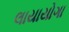
લાયાયોગા